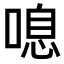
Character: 𠺒